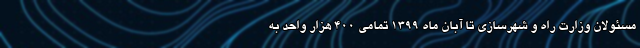
مسئولان وزارت راه و شهرسازی تا آبان ماه ۱۳۹۹ تمامی ۴۰۰ هزار واحد به